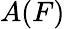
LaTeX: A(F)